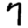
Digit: 7